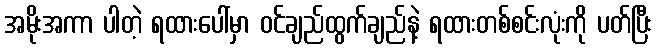
အမိုးအကာ ပါတဲ့ ရထားပေါ်မှာ ဝင်ချည်ထွက်ချည်နဲ့ ရထားတစ်စင်းလုံးကို ပတ်ပြီး